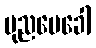
ပုညပေခေါ